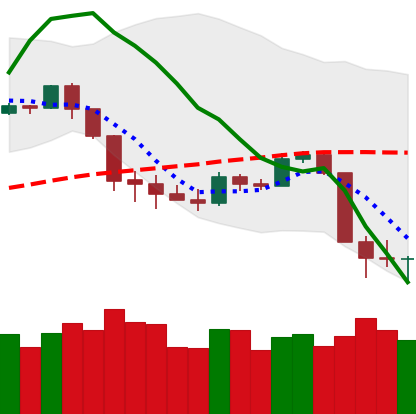
Ticker: BTC-USD
Chart end date: 2020-03-11
Forward return: -36.617%
Label: down_7plus